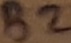
Text: B2